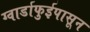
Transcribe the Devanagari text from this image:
ग्वार्डाफुईपासून